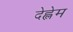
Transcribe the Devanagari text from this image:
देह्लेम